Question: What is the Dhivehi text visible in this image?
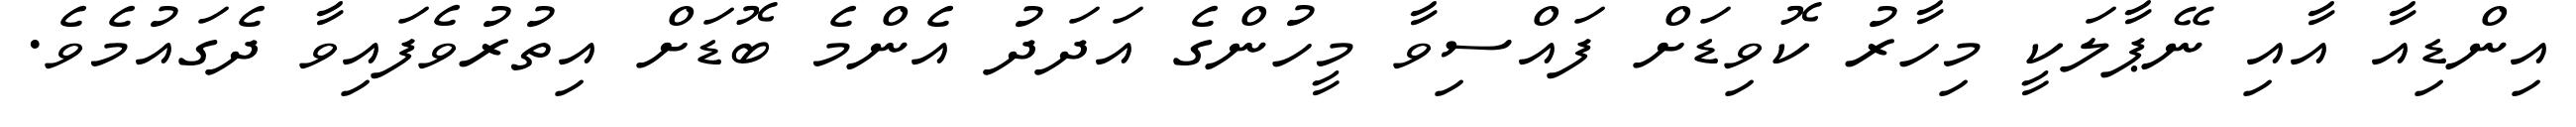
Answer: އިންޑިއާ އާއި ނޭޕާލަކީ މިހާރު ކޮވިޑަށް ފައްސިވާ މީހުންގެ އަދަދު އެންމެ ބޮޑަށް އިތުރުވެފައިވާ ދެގައުމެވެ.